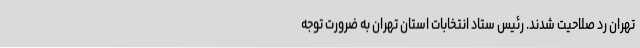
تهران رد صلاحیت شدند. رئیس ستاد انتخابات استان تهران به ضرورت توجه